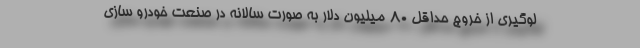
لوگیری از خروج حداقل 80 میلیون دلار به صورت سالانه در صنعت خودرو سازی